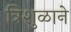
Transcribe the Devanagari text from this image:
त्रिशुळाने